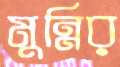
মুন্নির